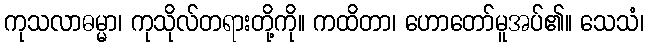
ကုသလာဓမ္မာ၊ ကုသိုလ်တရားတို့ကို။ ကထိတာ၊ ဟောတော်မူအပ်၏။ သေသံ၊